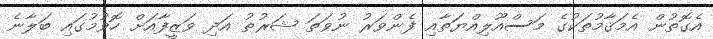
އެގޮތުން އެމަޤާމުތަކުގެ މަސްއޫލިއްޔަތާއި ފެންވަރު ނުވަތަ ޝަރުޠު އަދި ވަޒީފާއަށް ހޮވުމުގައި ބަލާނެ